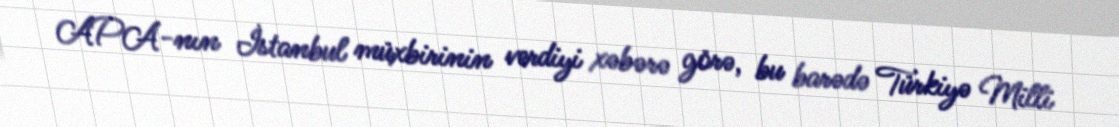
APA-nın İstanbul müxbirinin verdiyi xəbərə görə, bu barədə Türkiyə Milli